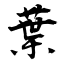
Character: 葉